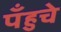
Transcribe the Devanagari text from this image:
पँहुचे